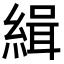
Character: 緝